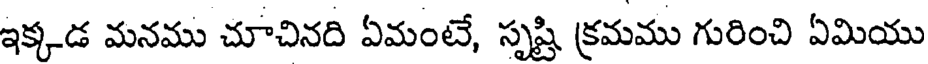
ఇక్కడ మనము చూచినది ఏమంటే, సృష్టి క్రమము గురించి ఏమియు